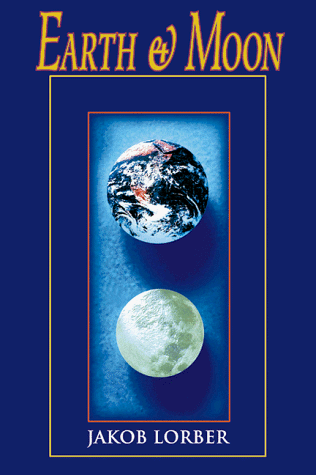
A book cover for Earth & Moon; Jakob Lorber; Science & Math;